Civil Veterinary Department Bihar & Orissa reports 1929-36 - 1929-1936
Year: 1929
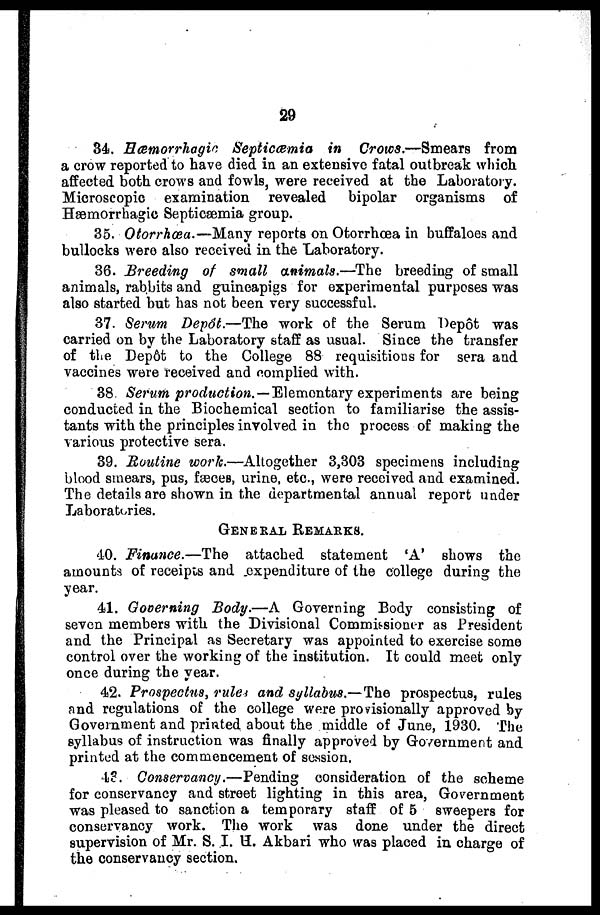
29
34. Hæmorrhagic Septicæmia
in Crows.—Smears from
a crow reported to have died in an extensive fatal outbreak winch
affected both crows and fowls, were received at the Laboratory.
Microscopic examination revealed
bipolar organisms of
Hæmorrhagic Septicæmia group.
35. Otorrhœa.— Many reports on Otorrhœa in buffaloes and
bullocks were also received in the Laboratory.
36. Breeding of small animals.—The breeding of small
animals, rabbits and guineapigs for experimental purposes was
also started but has not been very successful.
37. Serum Depôt.—The work of the Serum Depot was
carried on by the Laboratory staff as usual. Since the transfer
of the Depôt to the College 88 requisitions for sera and
vaccines were received and complied with.
38 Serum production. —Elemontary experiments are being
conducted in the Biochemical section to familiarise the assis-
tants with the principles involved in the process of making the
various protective sera.
39. Routine work.—Altogether 3,303 specimens including
blood smears, pus, fæces, urine, etc., were received and examined.
The details are shown in the departmental annual report under
Laboratories.
GENERAL REMARKS.
40. Finance.—The
attached statement 'A' shows the
amounts of receipts and expenditure of the college during the
year.
41. Governing Body.—A Governing Body consisting of
seven members with the Divisional Commissioner as President
and the Principal as Secretary was appointed to exercise some
control over the working of the institution. It could meet only
once during the year.
42. Prospectus, rules and syllabus.—The prospectus, rules
and regulations of the college were provisionally approved by
Government and printed about the middle of June, 1930. The
syllabus of instruction was finally approved by Government and
printed at the commencement of session.
43. Conservancy.—Pending
consideration of the scheme
for conservancy and street lighting in this area, Government
was pleased to sanction a temporary staff of 5 sweepers for
conservancy work. The work was done under the direct
supervision of Mr. S. I. H. Akbari who was placed in charge of
the conservancy section.